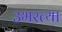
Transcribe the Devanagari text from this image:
उभरत्या